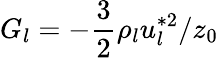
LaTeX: G_{l}=-\frac{3}{2}\rho_{l}u_{l}^{*2}/z_{0}